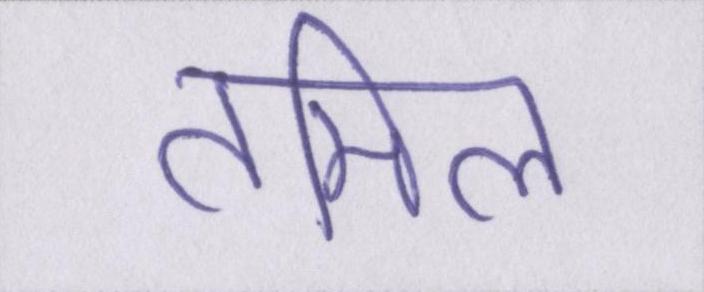
तमिल